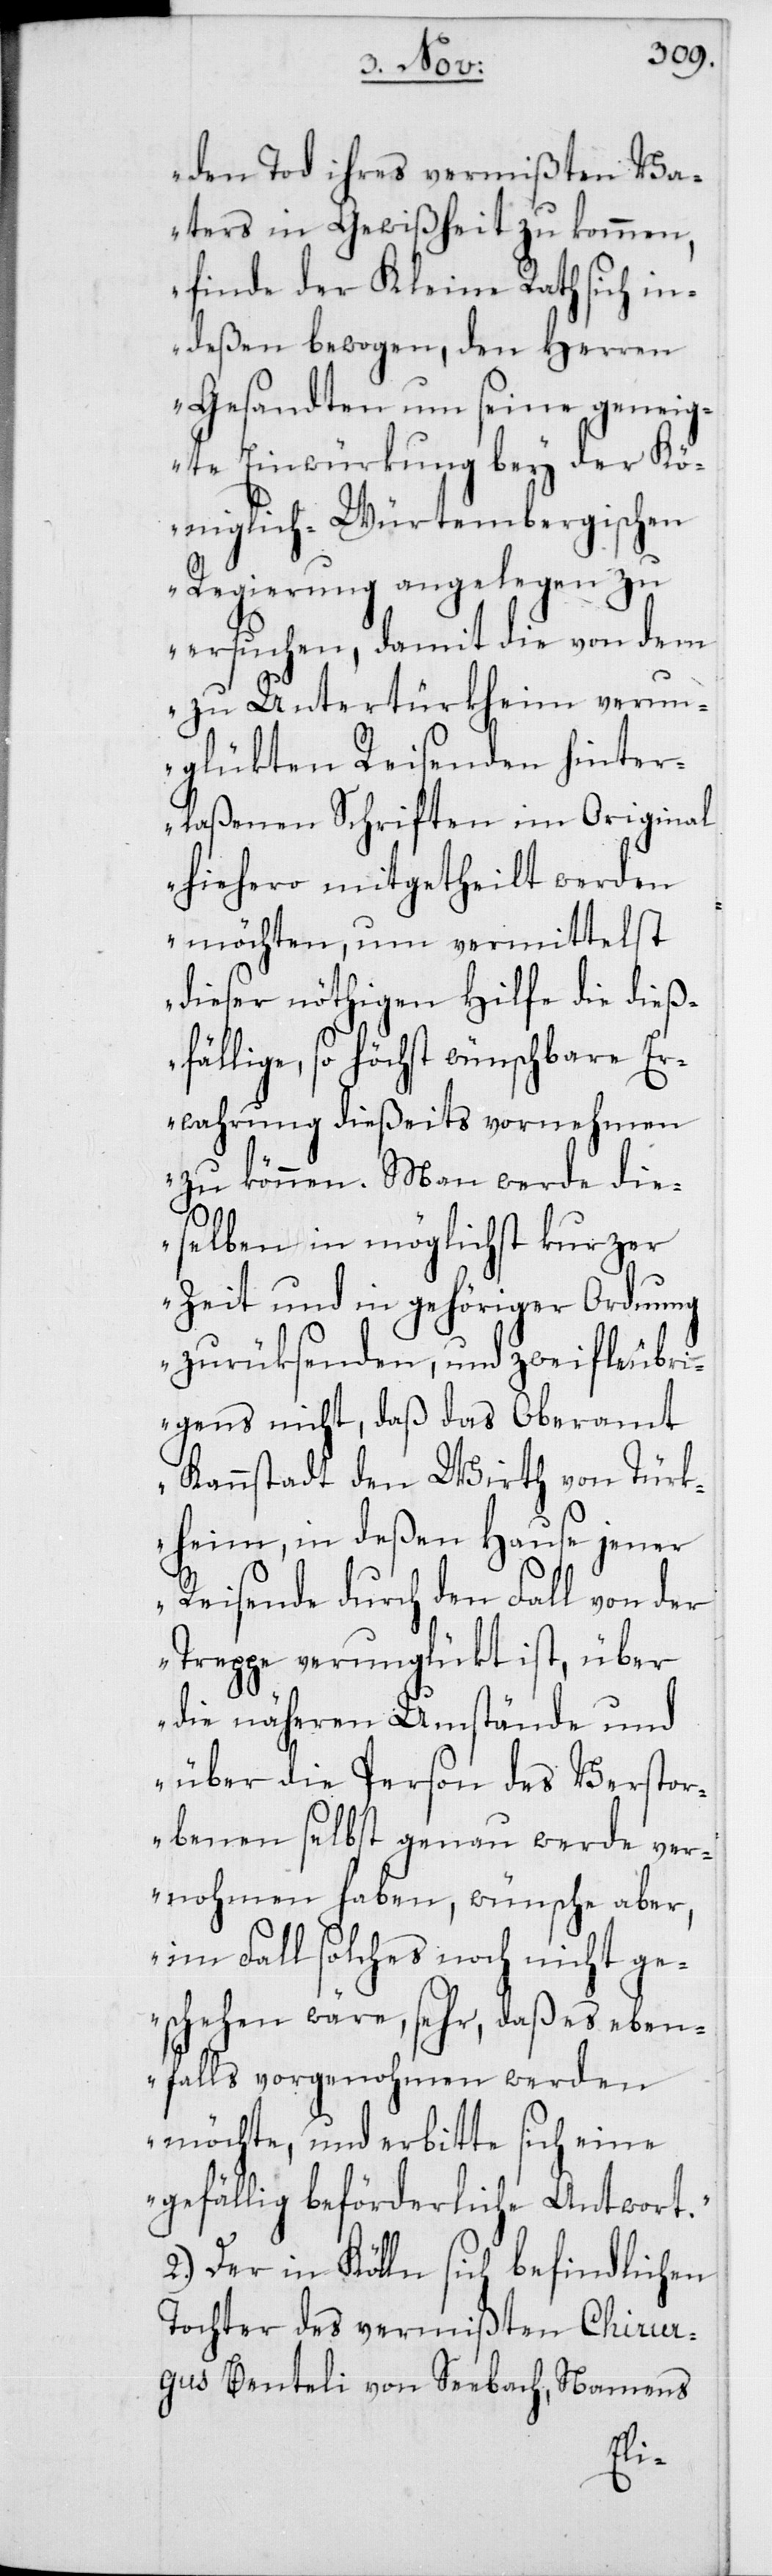
den Tod ihres vermißten Va¬
ters in Gewißheit zu kommen,
finde der Kleine Rath sich in¬
deßen bewogen, den Herren
Gesandten um seine geneig¬
te Einwürkung bey der Kö¬
niglich-Würtembergischen
Regierung angelegen zu
ersuchen, damit die von dem
zu Untertürkheim verun¬
glükten Reisenden hinter¬
laßenen Schriften im Original
hiehero mitgetheilt werden
möchten, um vermittelst
dieser nöthigen Hilfe die dieß¬
fällige, so höchst wünschbare Er¬
wahrung dießeits vornehmen
zu können. Man werde die¬
selben in möglichst kurzer
Zeit und in gehöriger Ordnung
zurüksenden, und zweifle übr¬
igens nicht, daß das Oberamt
Kannstadt den Wirth von Türk¬
heim, in deßen Hause jener
Reisende durch den Fall von der
Treppe verunglükt ist, über
die näheren Umstände und
über die Person des Verstor¬
benen selbst genau werde ver¬
nohmen haben, wünsche aber,
im Fall solches noch nicht ge¬
schehen wäre, sehr, daß es eben¬
falls vorgenohmen werden
möchte, und erbitte sich eine
gefällige beförderliche Antwort.“
2. Der in Kölln sich befindlichen
Tochter des vermißten Chirur¬
gus Benteli von Seebach, Namens